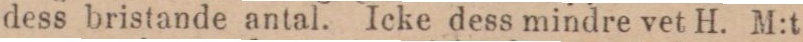
dess bristande antal. Icke dess mindre vet H. M:t